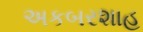
અકબરશાહ